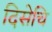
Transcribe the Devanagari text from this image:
दिसेचि